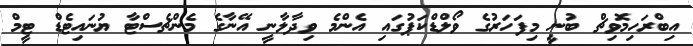
އިބްރަހިމޮވިޗް ބުނީ މިފަހަރުުގެ ވޯލްޑްކަޕުގައި އެންމެ ވިދާލާނީ އޭނާގެ މެންޗެސްޓާ ޔުނައިޓެޑް ޓީމް